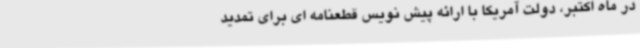
در ماه اکتبر، دولت آمریکا با ارائه پیش نویس قطعنامه ای برای تمدید